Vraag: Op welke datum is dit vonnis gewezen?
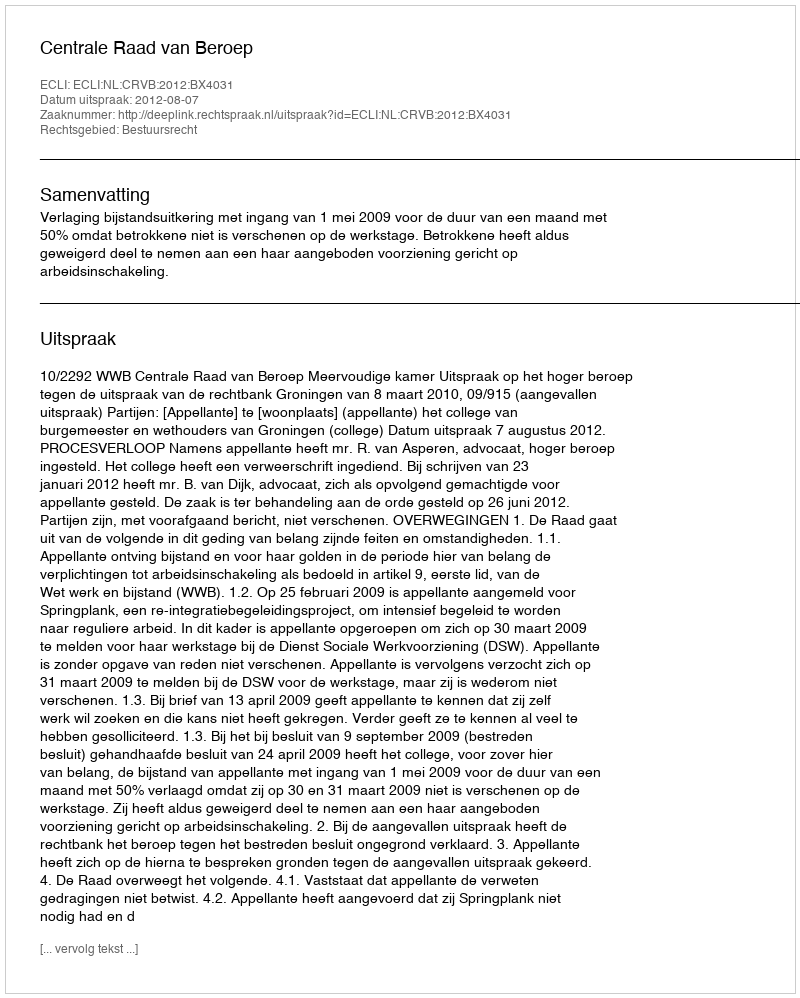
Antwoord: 2012-08-07